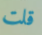
قلت